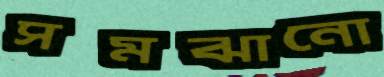
সমঝানো